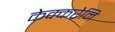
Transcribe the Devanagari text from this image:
केक्करेनि